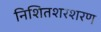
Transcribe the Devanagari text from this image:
निशितशरशरण